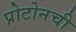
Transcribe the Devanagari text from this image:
प्रोटोनची